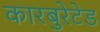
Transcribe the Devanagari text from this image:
कारबुरेटेड